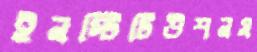
ইনস্টিটিউশনস